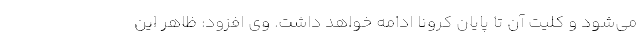
می‌شود و کلیت آن تا پایان کرونا ادامه خواهد داشت. وی افزود: ظاهر این